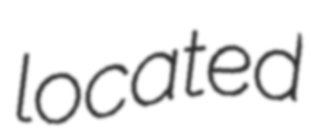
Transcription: located